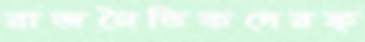
রাজনৈতিকদেরফ্